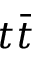
t \bar { t }